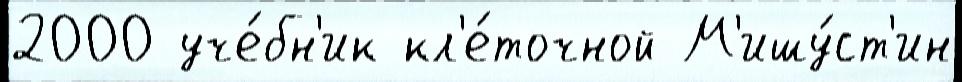
2000 уче́бн'ик кл'е́точной М'ишу́ст'ин